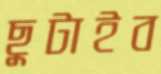
ছুটাইব